Scottish Certificate of Education, 1962
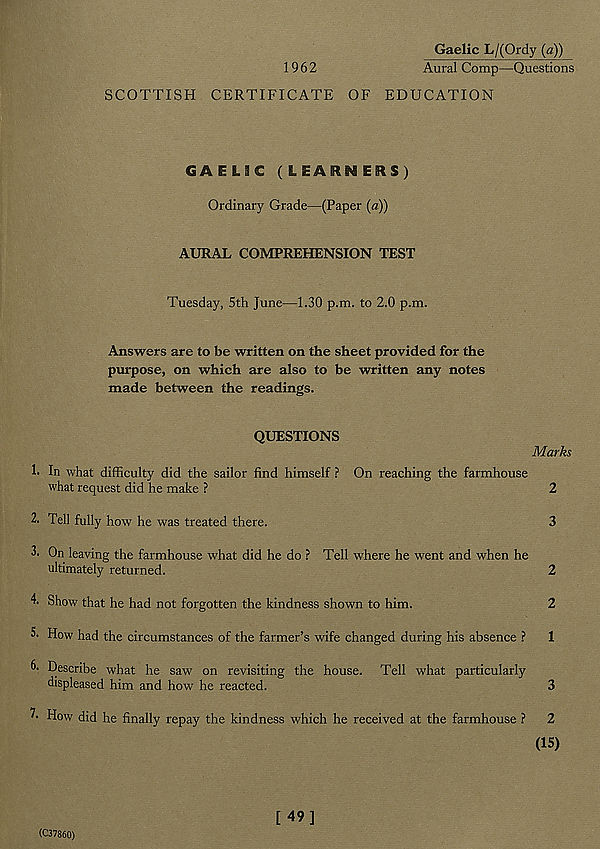
Gaelic L/(Ordy (a))
1962
Aural Comp—Questions
SCOTTISH CERTIFICATE OF EDUCATION
GAELIC (LEARNERS)
Ordinary Grade—(Paper (a))
AURAL COMPREHENSION TEST
Tuesday, 5th June—1.30 p.m. to 2.0 p.m.
Answers are to be written on the sheet provided for the
purpose, on which are also to be written any notes
made between the readings.
QUESTIONS
Marks
1. In what difficulty did the sailor find himself ? On reaching the farmhouse
what request did he make ?
2
2. Tell fully how he was treated there.
3
3. On leaving the farmhouse what did he do ? Tell where he went and when he
ultimately returned.
2
4. Show that he had not forgotten the kindness shown to him.
2
3. How had the circumstances of the farmer’s wife changed during his absence ? 1
6. Describe what he saw on revisiting the house. Tell what particularly
displeased him and how he reacted.
3
How did he finally repay the kindness which he received at the farmhouse ? 2
(15)
(C37860)
[49]